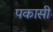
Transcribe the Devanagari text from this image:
पकासी